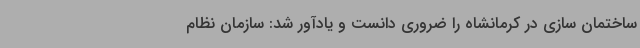
ساختمان سازی در کرمانشاه را ضروری دانست و یادآور شد: سازمان نظام